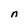
Character: n